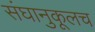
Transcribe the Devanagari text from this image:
संघानुकूलच